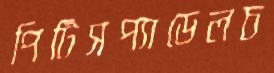
পিটিসপ্যাডেলচ